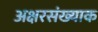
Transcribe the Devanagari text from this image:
अक्षरसंख्याक